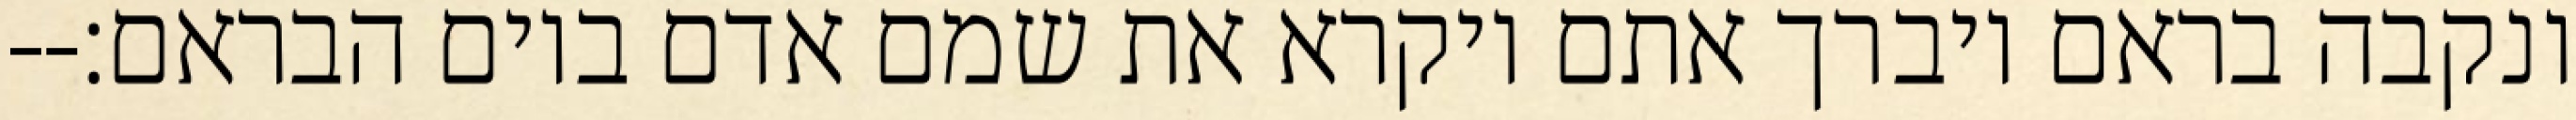
ונקבה בראם ויברך אתם ויקרא את שמם אדם ביום הבראם׃--